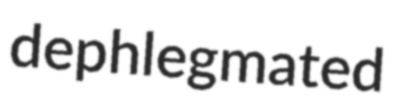
dephlegmated